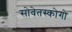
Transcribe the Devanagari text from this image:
सोवेतस्कोगो